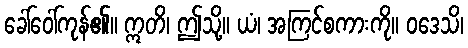
ခေါ်ဝေါ်ကုန်၏။ ဣတိ၊ ဤသို့။ ယံ၊ အကြင်စကားကို။ ဝဒေသိ၊